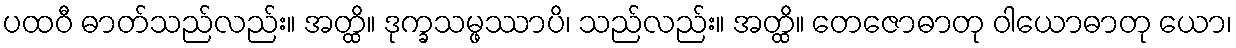
ပထဝီ ဓာတ်သည်လည်း။ အတ္ထိ။ ဒုက္ခသမ္ဖဿာပိ၊ သည်လည်း။ အတ္ထိ။ တေဇောဓာတု ဝါယောဓာတု ယော၊